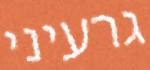
גרעיני